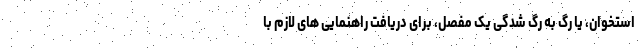
استخوان، یا رگ به رگ شدگی یک مفصل، برای دریافت راهنمایی های لازم با